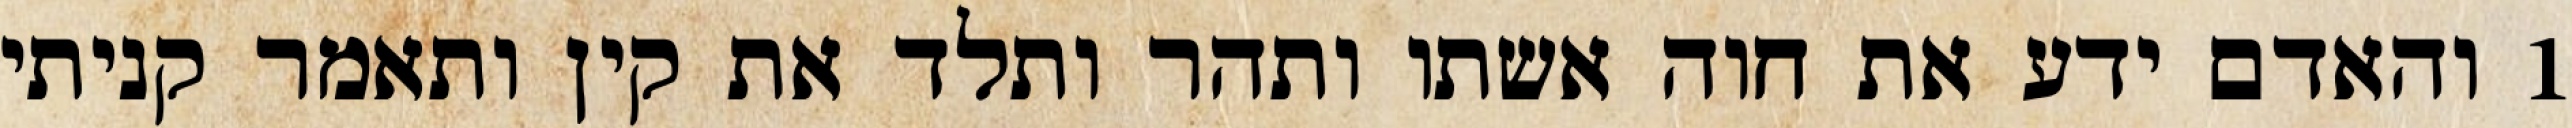
1 והאדם ידע את חוה אשתו ותהר ותלד את קין ותאמר קניתי